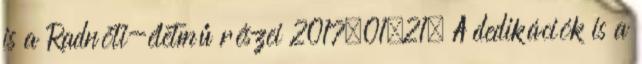
is a Radnóti-életmű részei 2017.01.21. A dedikációk is a